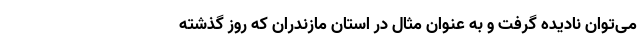
می‌توان نادیده گرفت و به عنوان مثال در استان مازندران که روز گذشته